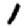
Digit: 1